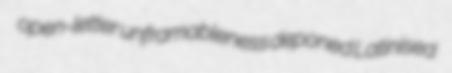
open-letter unframableness deponed Latinised